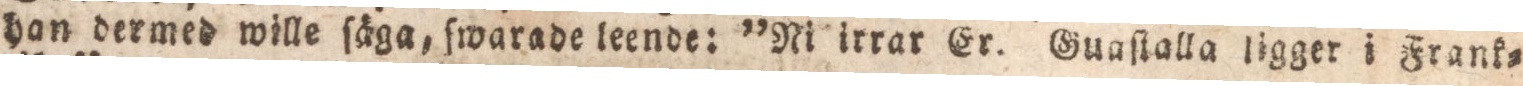
han dermed wille ſäga, fwarade leende: ”Ni irrar Er. Guaſtalla ligger i Frank=